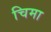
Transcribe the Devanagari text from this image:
चिमा